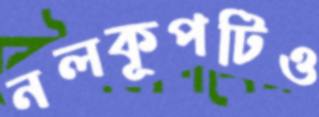
নলকূপটিও